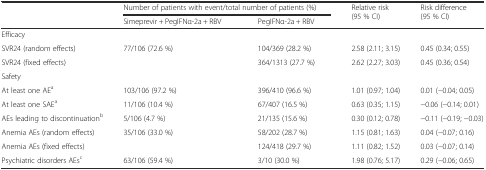
<table><thead><tr><td>[EMPTY_CELL]</td><td colspan="2"><b>Number of patients with event/total number of patients (%)</b></td><td rowspan="2"><b>Relative risk (95 % CI)</b></td><td rowspan="2"><b>Risk difference (95 % CI)</b></td></tr><tr><td>[EMPTY_CELL]</td><td><b>Simeprevir + PegIFNα-2a + RBV</b></td><td><b>PegIFNα-2a + RBV</b></td></tr></thead><tbody><tr><td colspan="5">Efficacy</td></tr><tr><td>SVR24 (random effects)</td><td rowspan="2">77/106 (72.6 %)</td><td>104/369 (28.2 %)</td><td>2.58 (2.11; 3.15)</td><td>0.45 (0.34; 0.55)</td></tr><tr><td>SVR24 (fixed effects)</td><td>364/1313 (27.7 %)</td><td>2.62 (2.27; 3.03)</td><td>0.45 (0.36; 0.54)</td></tr><tr><td colspan="5">Safety</td></tr><tr><td>At least one AE<sup>a</sup></td><td>103/106 (97.2 %)</td><td>396/410 (96.6 %)</td><td>1.01 (0.97; 1.04)</td><td>0.01 (−0.04; 0.05)</td></tr><tr><td>At least one SAE<sup>a</sup></td><td>11/106 (10.4 %)</td><td>67/407 (16.5 %)</td><td>0.63 (0.35; 1.15)</td><td>−0.06 (−0.14; 0.01)</td></tr><tr><td>AEs leading to discontinuation<sup>b</sup></td><td>5/106 (4.7 %)</td><td>21/135 (15.6 %)</td><td>0.30 (0.12; 0.78)</td><td>−0.11 (−0.19; −0.03)</td></tr><tr><td>Anemia AEs (random effects)</td><td rowspan="2">35/106 (33.0 %)</td><td>58/202 (28.7 %)</td><td>1.15 (0.81; 1.63)</td><td>0.04 (−0.07; 0.16)</td></tr><tr><td>Anemia AEs (fixed effects)</td><td>124/418 (29.7 %)</td><td>1.11 (0.82; 1.52)</td><td>0.03 (−0.07; 0.14)</td></tr><tr><td>Psychiatric disorders AEs<sup>c</sup></td><td>63/106 (59.4 %)</td><td>3/10 (30.0 %)</td><td>1.98 (0.76; 5.17)</td><td>0.29 (−0.06; 0.65)</td></tr></tbody></table>